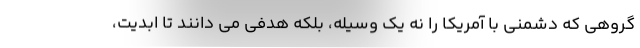
گروهی که دشمنی با آمریکا را نه یک وسیله، بلکه هدفی می دانند تا ابدیت،